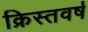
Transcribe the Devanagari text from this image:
क्रिस्तवर्ष